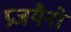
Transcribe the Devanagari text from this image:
प्रजयैनो